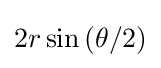
2r\sin \left(\theta /2\right)